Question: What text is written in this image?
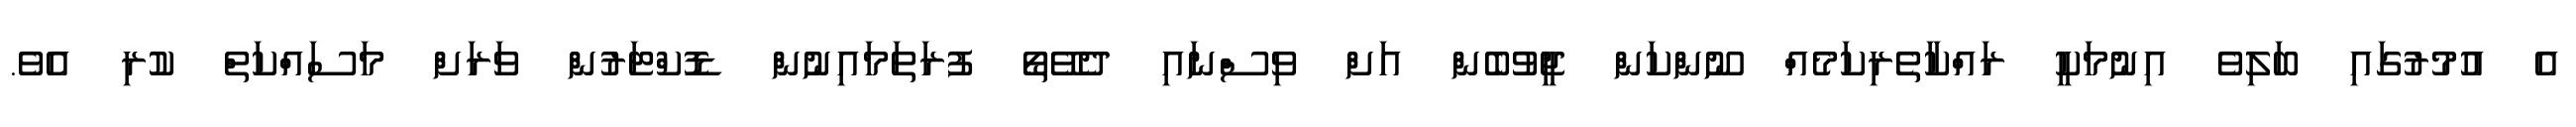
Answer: އެ އުމުރުގައި ބަލިވެ އިނުމަކީ ރައްކާތެރިކަމެއް ނޫންކަން ޖީވުބެން އަށް ވިސްނައި ދެވޭތޯ ފުރަތަމައިނުން ޑޮކްޓަރުން ވަރަށް މަސައްކަތް ކުރި އެވެ.